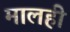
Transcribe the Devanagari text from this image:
मालही